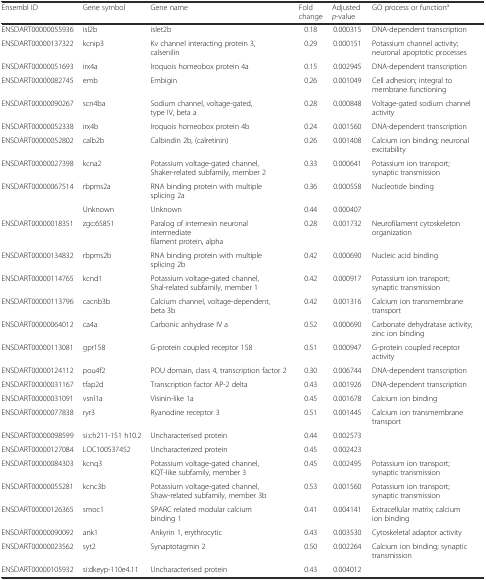
<table><thead><tr><td><b>Ensembl ID</b></td><td><b>Gene symbol</b></td><td><b>Gene name</b></td><td><b>Fold change</b></td><td><b>Adjusted <i>p</i>-value</b></td><td><b>GO process or function<sup>a</sup></b></td></tr></thead><tbody><tr><td>ENSDART00000055936</td><td>isl2b</td><td>islet2b</td><td>0.18</td><td>0.000315</td><td>DNA-dependent transcription</td></tr><tr><td>ENSDART00000137322</td><td>kcnip3</td><td>Kv channel interacting protein 3, calsenilin</td><td>0.29</td><td>0.000151</td><td>Potassium channel activity; neuronal apoptotic processes</td></tr><tr><td>ENSDART00000051693</td><td>irx4a</td><td>Iroquois homeobox protein 4a</td><td>0.15</td><td>0.002945</td><td>DNA-dependent transcription</td></tr><tr><td>ENSDART00000082745</td><td>emb</td><td>Embigin</td><td>0.26</td><td>0.001049</td><td>Cell adhesion; integral to membrane functioning</td></tr><tr><td>ENSDART00000090267</td><td>scn4ba</td><td>Sodium channel, voltage-gated, type IV, beta a</td><td>0.28</td><td>0.000848</td><td>Voltage-gated sodium channel activity</td></tr><tr><td>ENSDART00000052338</td><td>irx4b</td><td>Iroquois homeobox protein 4b</td><td>0.24</td><td>0.001560</td><td>DNA-dependent transcription</td></tr><tr><td>ENSDART00000052802</td><td>calb2b</td><td>Calbindin 2b, (calretinin)</td><td>0.26</td><td>0.001408</td><td>Calcium ion binding; neuronal excitability</td></tr><tr><td>ENSDART00000027398</td><td>kcna2</td><td>Potassium voltage-gated channel, Shaker-related subfamily, member 2</td><td>0.33</td><td>0.000641</td><td>Potassium ion transport; synaptic transmission</td></tr><tr><td>ENSDART00000067514</td><td>rbpms2a</td><td>RNA binding protein with multiple splicing 2a</td><td>0.36</td><td>0.000558</td><td>Nucleotide binding</td></tr><tr><td></td><td>Unknown</td><td>Unknown</td><td>0.44</td><td>0.000407</td><td></td></tr><tr><td>ENSDART00000018351</td><td>zgc:65851</td><td>Paralog of internexin neuronal intermediate filament protein, alpha</td><td>0.28</td><td>0.001732</td><td>Neurofilament cytoskeleton organization</td></tr><tr><td>ENSDART00000134832</td><td>rbpms2b</td><td>RNA binding protein with multiple splicing 2b</td><td>0.42</td><td>0.000690</td><td>Nucleic acid binding</td></tr><tr><td>ENSDART00000114765</td><td>kcnd1</td><td>Potassium voltage-gated channel, Shal-related subfamily, member 1</td><td>0.42</td><td>0.000917</td><td>Potassium ion transport; synaptic transmission</td></tr><tr><td>ENSDART00000113796</td><td>cacnb3b</td><td>Calcium channel, voltage-dependent, beta 3b</td><td>0.42</td><td>0.001316</td><td>Calcium ion transmembrane transport</td></tr><tr><td>ENSDART00000064012</td><td>ca4a</td><td>Carbonic anhydrase IV a</td><td>0.52</td><td>0.000690</td><td>Carbonate dehydratase activity; zinc ion binding</td></tr><tr><td>ENSDART00000113081</td><td>gpr158</td><td>G-protein coupled receptor 158</td><td>0.51</td><td>0.000947</td><td>G-protein coupled receptor activity</td></tr><tr><td>ENSDART00000124112</td><td>pou4f2</td><td>POU domain, class 4, transcription factor 2</td><td>0.30</td><td>0.006744</td><td>DNA-dependent transcription</td></tr><tr><td>ENSDART00000031167</td><td>tfap2d</td><td>Transcription factor AP-2 delta</td><td>0.43</td><td>0.001926</td><td>DNA-dependent transcription</td></tr><tr><td>ENSDART00000031091</td><td>vsnl1a</td><td>Visinin-like 1a</td><td>0.45</td><td>0.001678</td><td>Calcium ion binding</td></tr><tr><td>ENSDART00000077838</td><td>ryr3</td><td>Ryanodine receptor 3</td><td>0.51</td><td>0.001445</td><td>Calcium ion transmembrane transport</td></tr><tr><td>ENSDART00000098599</td><td>si:ch211-151 h10.2</td><td>Uncharacterised protein</td><td>0.44</td><td>0.002573</td><td></td></tr><tr><td>ENSDART00000127084</td><td>LOC100537452</td><td>Uncharacterized protein</td><td>0.45</td><td>0.002423</td><td></td></tr><tr><td>ENSDART00000084303</td><td>kcnq3</td><td>Potassium voltage-gated channel, KQT-like subfamily, member 3</td><td>0.45</td><td>0.002495</td><td>Potassium ion transport; synaptic transmission</td></tr><tr><td>ENSDART00000055281</td><td>kcnc3b</td><td>Potassium voltage-gated channel, Shaw-related subfamily, member 3b</td><td>0.53</td><td>0.001560</td><td>Potassium ion transport; synaptic transmission</td></tr><tr><td>ENSDART00000126365</td><td>smoc1</td><td>SPARC related modular calcium binding 1</td><td>0.41</td><td>0.004141</td><td>Extracellular matrix; calcium ion binding</td></tr><tr><td>ENSDART00000090092</td><td>ank1</td><td>Ankyrin 1, erythrocytic</td><td>0.43</td><td>0.003530</td><td>Cytoskeletal adaptor activity</td></tr><tr><td>ENSDART00000023562</td><td>syt2</td><td>Synaptotagmin 2</td><td>0.50</td><td>0.002264</td><td>Calcium ion binding; synaptic transmission</td></tr><tr><td>ENSDART00000105932</td><td>si:dkeyp-110e4.11</td><td>Uncharacterised protein</td><td>0.43</td><td>0.004012</td><td></td></tr></tbody></table>